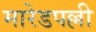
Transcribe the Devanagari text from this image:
मारेडपल्ली